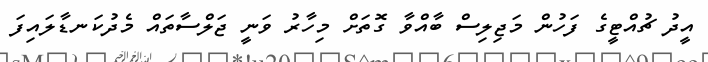
އީދު ޗުއްޓީގެ ފަހުން މަޖިލިސް ބާއްވާ ގޮތަށް މިހާރު ވަނީ ޖަލްސާތައް މެދުކަނޑާލައިފަ